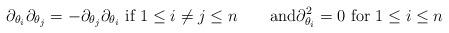
LaTeX: \begin{align*}\partial_{\theta_i} \partial_{\theta_j}=-\partial_{\theta_j} \partial_{\theta_i}\hbox{ if } 1 \leq i \neq j \leq n\qquad\hbox{and}\partial_{\theta_i}^2 = 0\hbox{ for }1 \leq i \leq n\end{align*}